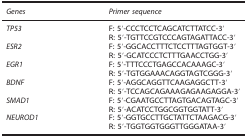
| Genes | Primer sequence |
 | --- | --- |
 | TP53 | F: 5′-CCCTCCTCAGCATCTTATCC-3′ |
 |  | R: 5′-TGTTCCGTCCCAGTAGATTACC-3′ |
 | ESR2 | F: 5′-GGCACCTTTCTCCTTTAGTGGT-3′ |
 |  | R: 5′-GCATCCCTCTTTGAACCTGG-3′ |
 | EGR1 | F: 5′-TTTCCCTGAGCCACAAAGC-3′ |
 |  | R: 5′-TGTGGAAACAGGTAGTCGGG-3′ |
 | BDNF | F: 5′-AGGCAGGTTCAAGAGGCTT-3′ |
 |  | R: 5′-TCCAGCAGAAAGAGAAGAGGA-3′ |
 | SMAD1 | F: 5′-CGAATGCCTTAGTGACAGTAGC-3′ |
 |  | R: 5′-ACATCCTGGCGGTGGTATT-3′ |
 | NEUROD1 | F: 5′-GGTGCCTTGCTATTCTAAGACG-3′ |
 |  | R: 5′-TGGTGGTGGGTTGGGATAA-3′ |